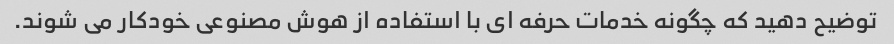
توضیح دهید که چگونه خدمات حرفه ای با استفاده از هوش مصنوعی خودکار می شوند.